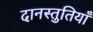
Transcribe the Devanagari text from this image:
दानस्तुतियाँ